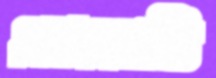
এমএমটি